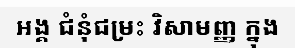
អង្គ ជំនុំជម្រះ វិសាមញ្ញ ក្នុង